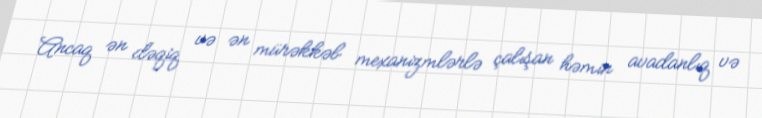
Ancaq ən dəqiq və ən mürəkkəb mexanizmlərlə çalışan həmin avadanlıq və